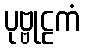
ပုဗ္ဗုဠကံ